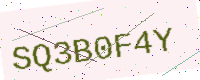
Text: SQ3B0F4Y